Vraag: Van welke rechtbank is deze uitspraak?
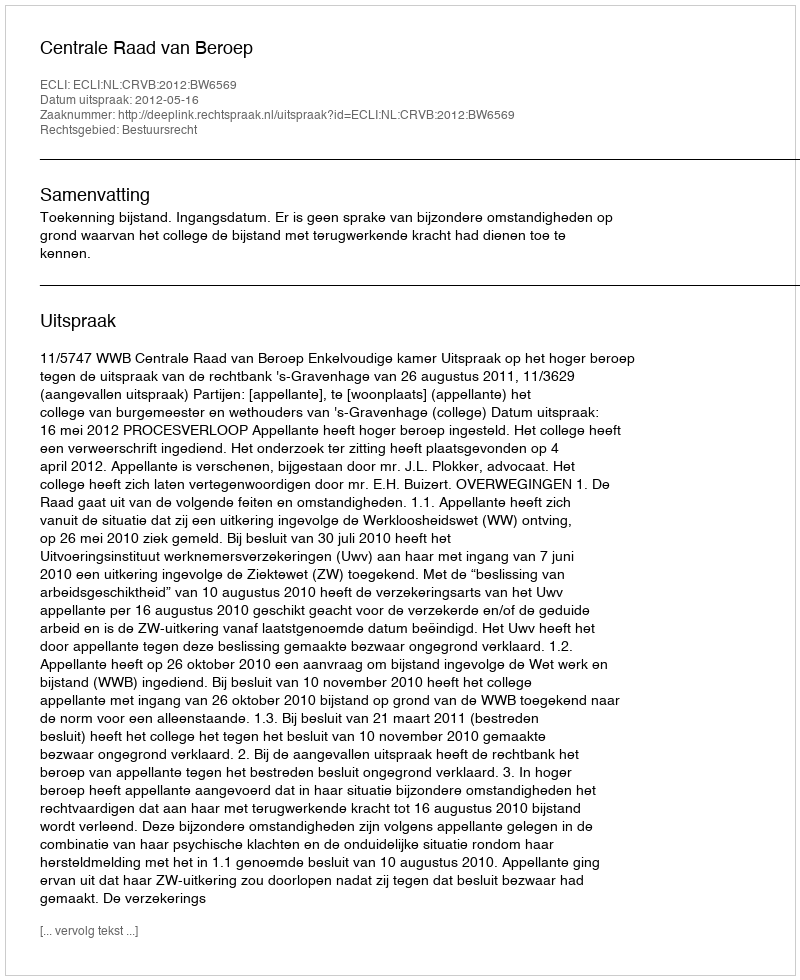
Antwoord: Centrale Raad van Beroep